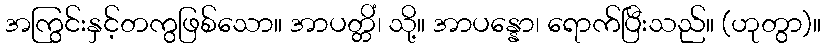
အကြွင်းနှင့်တကွဖြစ်သော။ အာပတ္တိံ၊ သို့။ အာပန္နော၊ ရောက်ပြီးသည်။ (ဟုတွာ)။